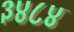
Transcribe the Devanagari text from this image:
३४८४